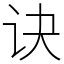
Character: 诀